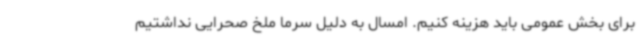
برای بخش عمومی باید هزینه کنیم. امسال به دلیل سرما ملخ صحرایی نداشتیم